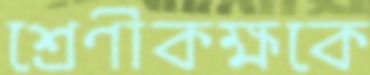
শ্রেণীকক্ষকে